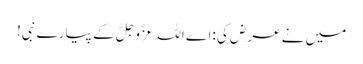
میں نے عرض کی :اے اللہ عَزَّوَجَلَّ کے پیارے نبی!